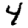
Digit: 4